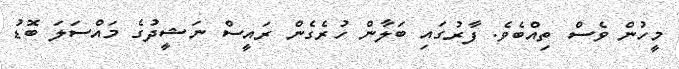
މީހުން ވެސް ތިއްބެވެ. ފާރުގައި ބަލާން ހުރެގެން ރައީސް ނަޝީދުގެ މައްސަލަ ބޮޑު